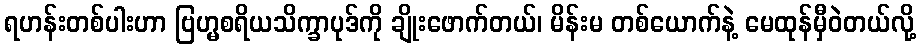
ရဟန်းတစ်ပါးဟာ ဗြဟ္မစရိယသိက္ခာပုဒ်ကို ချိုးဖောက်တယ်၊ မိန်းမ တစ်ယောက်နဲ့ မေထုန်မှီဝဲတယ်လို့